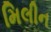
મિલીન